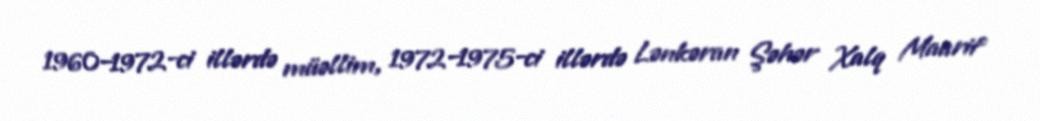
1960–1972-ci illərdə müəllim, 1972–1975-ci illərdə Lənkəran Şəhər Xalq Maarif